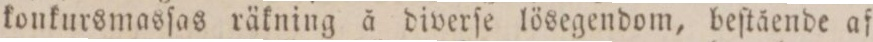
konkursmasſas räkning å diverſe lösegendom, beſtående af